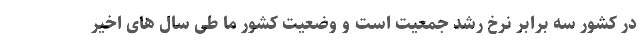
در کشور سه برابر نرخ رشد جمعیت است و وضعیت کشور ما طی سال های اخیر